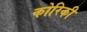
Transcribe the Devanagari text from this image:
कोरिकी